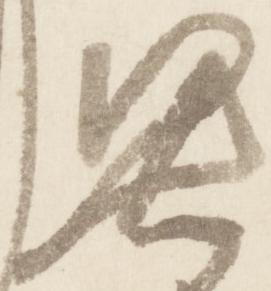
憑